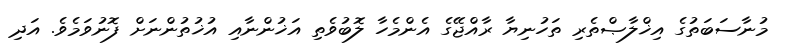
މުނާސަބަތުގެ އިޚްލާޞްތެރި ތަހުނިޔާ ރާއްޖޭގެ އެންމެހާ ލޮބުވެތި އަޚުންނާއި އުޚުތުންނަށް ފޮނުވަމެވެ. އަދި